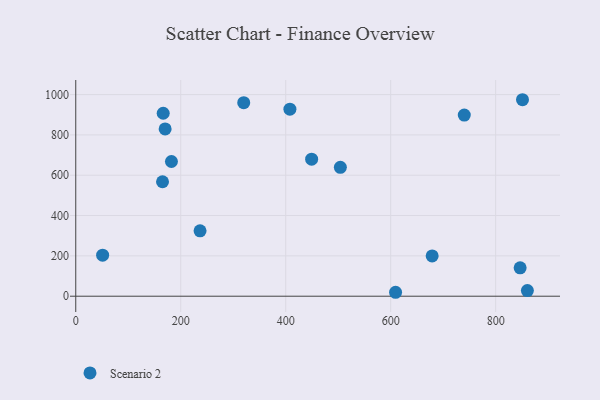
{"axis": {"x": "Experience", "y": "Rating"}, "legend": ["Scenario 2"], "data": [{"x": "504.1", "y": 639.2, "type": "Scenario 2"}, {"x": "449.4", "y": 679.5, "type": "Scenario 2"}, {"x": "182.3", "y": 668.2, "type": "Scenario 2"}, {"x": "170.3", "y": 829.8, "type": "Scenario 2"}, {"x": "846.6", "y": 140.7, "type": "Scenario 2"}, {"x": "740.2", "y": 898.4, "type": "Scenario 2"}, {"x": "851.1", "y": 974.5, "type": "Scenario 2"}, {"x": "408.0", "y": 927.6, "type": "Scenario 2"}, {"x": "236.8", "y": 324.4, "type": "Scenario 2"}, {"x": "609.3", "y": 19.5, "type": "Scenario 2"}, {"x": "165.3", "y": 567.7, "type": "Scenario 2"}, {"x": "679.0", "y": 199.6, "type": "Scenario 2"}, {"x": "51.2", "y": 203.4, "type": "Scenario 2"}, {"x": "860.4", "y": 28.1, "type": "Scenario 2"}, {"x": "320.0", "y": 959.8, "type": "Scenario 2"}, {"x": "166.6", "y": 907.3, "type": "Scenario 2"}]}